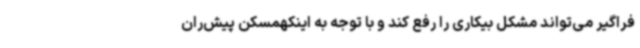
فراگیر می‌تواند مشکل بیکاری را رفع کند و با توجه به اینکهمسکن پیش‌ران